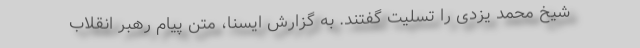
شیخ محمد یزدی را تسلیت گفتند. به گزارش ایسنا، متن پیام رهبر انقلاب